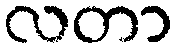
လတာ